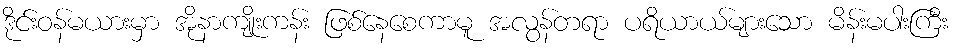
ဒိုင်းဝန်မယားမှာ အိုနာကျိုးကန်း ဖြစ်နေစေကာမူ အလွန်တရာ ပရိယာယ်များသော မိန်းမပါးကြီး